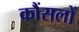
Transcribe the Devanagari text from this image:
कौंसलों